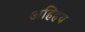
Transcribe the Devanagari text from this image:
अहिहय